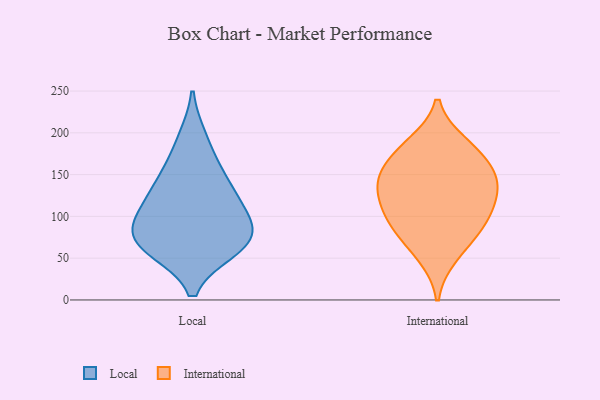
{"axis": {"x": "Headcount", "y": "Value"}, "legend": ["International", "Local"], "data": [{"x": "", "y": 73, "type": "Local"}, {"x": "", "y": 61, "type": "Local"}, {"x": "", "y": 157, "type": "Local"}, {"x": "", "y": 124, "type": "Local"}, {"x": "", "y": 89, "type": "Local"}, {"x": "", "y": 70, "type": "Local"}, {"x": "", "y": 193, "type": "Local"}, {"x": "", "y": 138, "type": "Local"}, {"x": "", "y": 92, "type": "Local"}, {"x": "", "y": 61, "type": "Local"}, {"x": "", "y": 111, "type": "Local"}, {"x": "", "y": 144, "type": "International"}, {"x": "", "y": 74, "type": "International"}, {"x": "", "y": 97, "type": "International"}, {"x": "", "y": 127, "type": "International"}, {"x": "", "y": 124, "type": "International"}, {"x": "", "y": 167, "type": "International"}, {"x": "", "y": 90, "type": "International"}, {"x": "", "y": 151, "type": "International"}, {"x": "", "y": 103, "type": "International"}, {"x": "", "y": 52, "type": "International"}, {"x": "", "y": 182, "type": "International"}, {"x": "", "y": 142, "type": "International"}, {"x": "", "y": 187, "type": "International"}]}